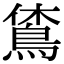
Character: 𪀪